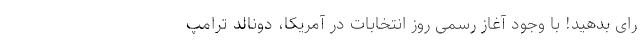
رای بدهید! با وجود آغاز رسمی روز انتخابات در آمریکا، دونالد ترامپ